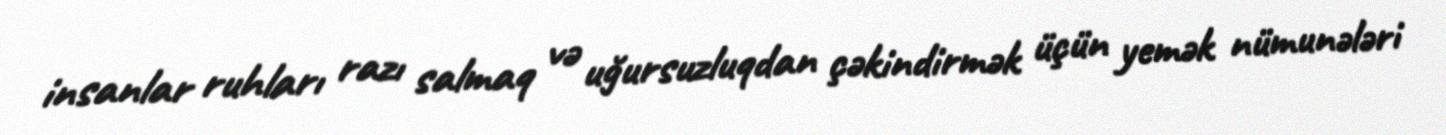
insanlar ruhları razı salmaq və uğursuzluqdan çəkindirmək üçün yemək nümunələri